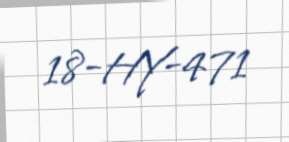
18-HY-471